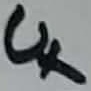
Text: U+